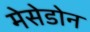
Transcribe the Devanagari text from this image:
मेसेडोन